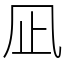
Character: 凪